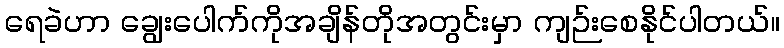
ရေခဲဟာ ချွေးပေါက်ကိုအချိန်တိုအတွင်းမှာ ကျဉ်းစေနိုင်ပါတယ်။